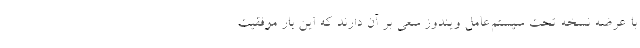
با عرضه نسخه تحت سیستم‌عامل ویندوز سعی بر آن دارند که این بار موفقیت